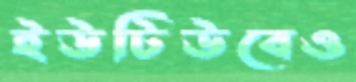
ইউটিউবেও